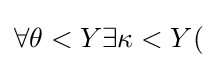
\forall \theta <Y\exists \kappa <Y(